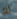
لك